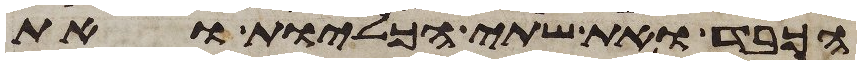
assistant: הכבד ואת שתי הכליות ואת